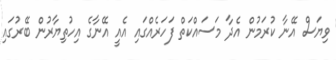
ވިޔަސް އޭނާ ކުރަމުން އެދާ މަސައްކަތް ފަހަރެއްގައި އެއީ އޭނާގެ އިހުތިޔާރުން ބޭރުގައި